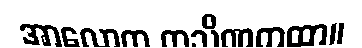
အာလောက ကသိဏကထာ။